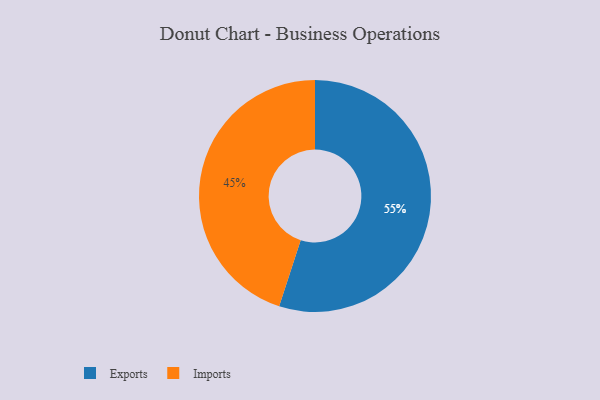
{"axis": {"x": "Category", "y": "Percentage"}, "legend": ["Exports", "Imports"], "data": [{"x": "Exports", "y": 55, "type": "Exports"}, {"x": "Imports", "y": 45, "type": "Imports"}]}